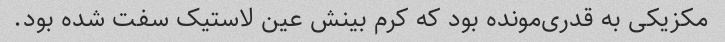
مکزیکی به قدری‌مونده بود که کرم بینش عین لاستیک سفت شده بود.